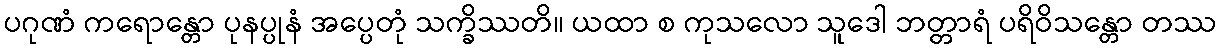
ပဂုဏံ ကရောန္တော ပုနပ္ပုနံ အပ္ပေတုံ သက္ခိဿတိ။ ယထာ စ ကုသလော သူဒေါ ဘတ္တာရံ ပရိဝိသန္တော တဿ